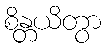
စိန္တယိတွာ